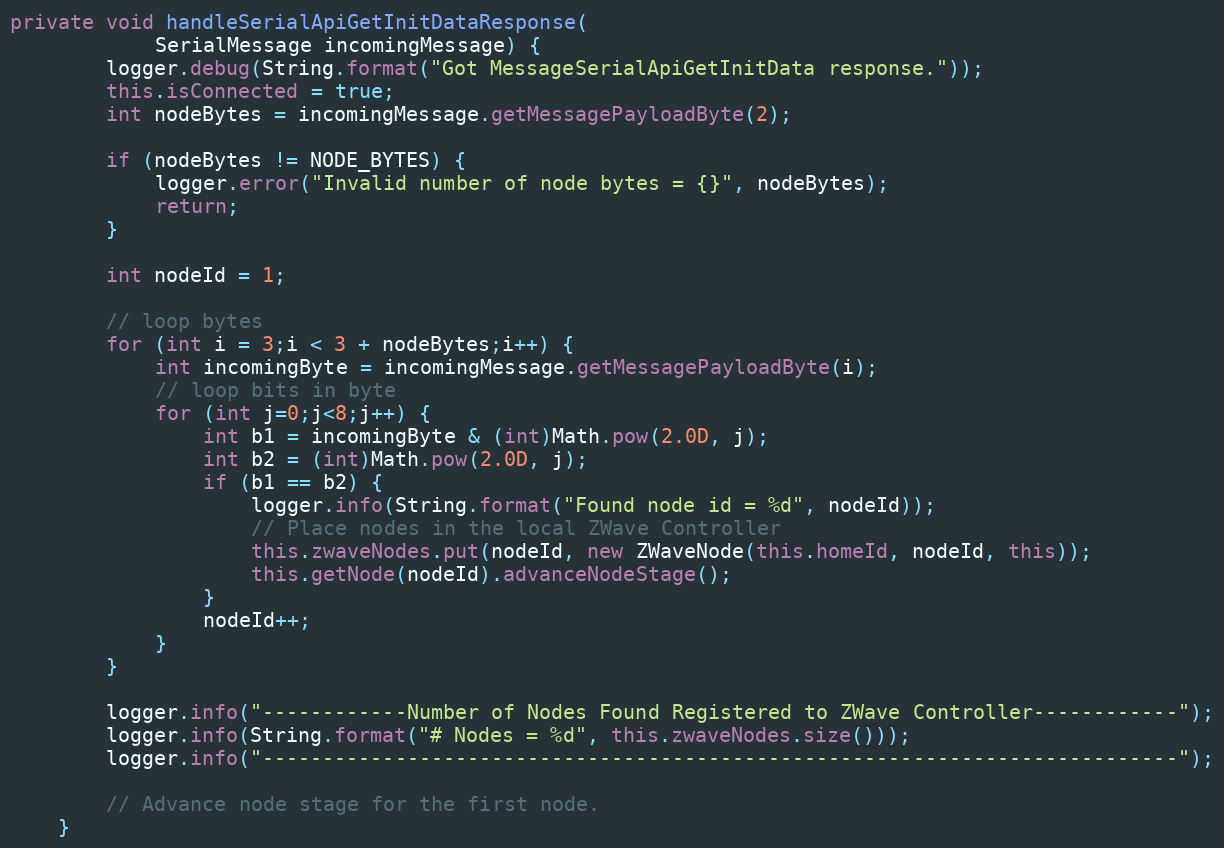
Language: Java
private void handleSerialApiGetInitDataResponse(
			SerialMessage incomingMessage) {
		logger.debug(String.format("Got MessageSerialApiGetInitData response."));
		this.isConnected = true;
		int nodeBytes = incomingMessage.getMessagePayloadByte(2);

		if (nodeBytes != NODE_BYTES) {
			logger.error("Invalid number of node bytes = {}", nodeBytes);
			return;
		}

		int nodeId = 1;

		// loop bytes
		for (int i = 3;i < 3 + nodeBytes;i++) {
			int incomingByte = incomingMessage.getMessagePayloadByte(i);
			// loop bits in byte
			for (int j=0;j<8;j++) {
				int b1 = incomingByte & (int)Math.pow(2.0D, j);
				int b2 = (int)Math.pow(2.0D, j);
				if (b1 == b2) {
					logger.info(String.format("Found node id = %d", nodeId));
					// Place nodes in the local ZWave Controller
					this.zwaveNodes.put(nodeId, new ZWaveNode(this.homeId, nodeId, this));
					this.getNode(nodeId).advanceNodeStage();
				}
				nodeId++;
			}
		}

		logger.info("------------Number of Nodes Found Registered to ZWave Controller------------");
		logger.info(String.format("# Nodes = %d", this.zwaveNodes.size()));
		logger.info("----------------------------------------------------------------------------");

		// Advance node stage for the first node.
	}